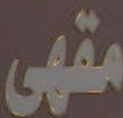
مقهى